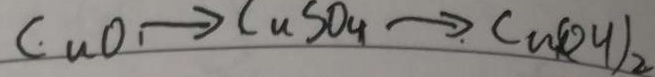
C u O \rightarrow C u S O _ { 4 } \rightarrow C u ( O H ) _ { 2 }